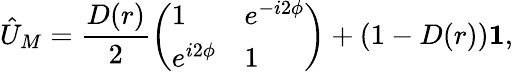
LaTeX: \hat{U}_{M}=\frac{D(r)}{2}\left(\begin{array}{ll}{1}&{e^{-i2\phi}}\\ {e^{i2\phi}}&{1}\end{array}\right)+(1-D(r))\mathbf{1},